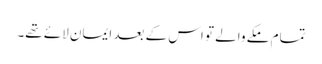
تمام مکے والے تو اس کے بعد ایمان لائے تھے۔